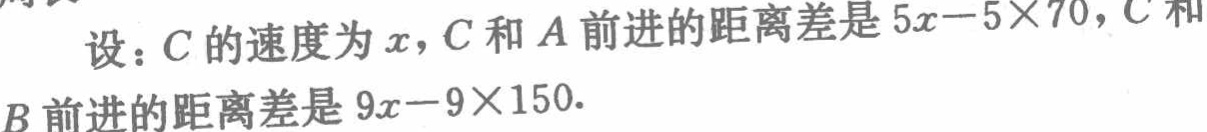
设：\(C\)的速度为\(x\)，\(C\)和\(A\)前进的距离差是\(5x - 5\times70\)，\(C\)和\(B\)前进的距离差是\(9x - 9\times150\).